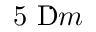
5 ~ \textrm Ḋ \textmu Ḋ Ḍ m Ḍ